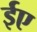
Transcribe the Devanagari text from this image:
ईए